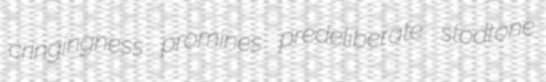
cringingness promines predeliberate stodtone